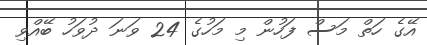
އޭގެ ހަތް މަސް ފަހުން މި މަހުގެ 24 ވަނަ ދުވަހު ބޭއްވި